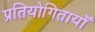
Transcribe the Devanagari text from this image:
प्रतियोगितायोँ